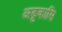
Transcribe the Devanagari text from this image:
अड्टकासि